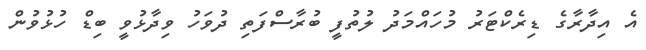
އެ އިދާރާގެ ޑިރެކްޓަރު މުހައްމަދު ލުތުފީ ބުރާސްފަތި ދުވަހު ވިދާޅުވީ ބިޑް ހުޅުވުން